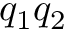
q _ { 1 } q _ { 2 }